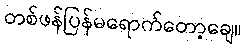
တစ်ဖန်ပြန်မရောက်တော့ချေ။